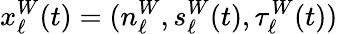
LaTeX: x_{\ell}^{W}(t)=(n_{\ell}^{W},s_{\ell}^{W}(t),\tau_{\ell}^{W}(t))